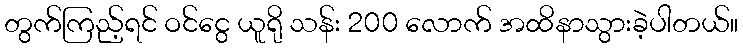
တွက်ကြည့်ရင် ဝင်ငွေ ယူရို သန်း 200 လောက် အထိနာသွားခဲ့ပါတယ်။